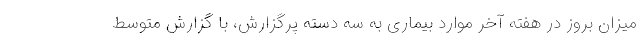
میزان بروز در هفته آخر موارد بیماری به سه دسته پرگزارش، با گزارش متوسط